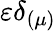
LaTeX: \varepsilon\delta_{\left(\mu\right)}